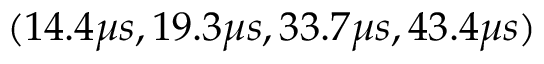
( 1 4 . 4 \mu s , 1 9 . 3 \mu s , 3 3 . 7 \mu s , 4 3 . 4 \mu s )